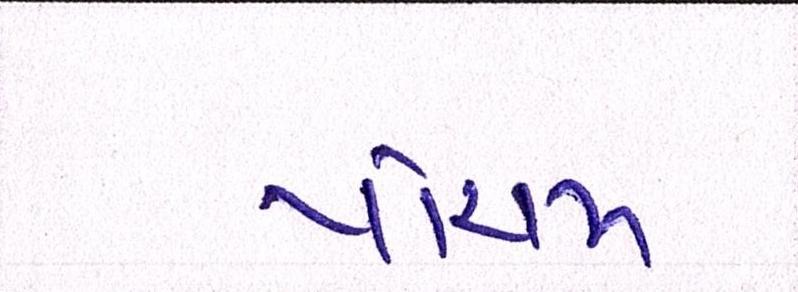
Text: પાંચમ